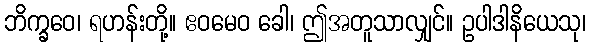
ဘိက္ခဝေ၊ ရဟန်းတို့။ ဧဝမေဝ ခေါ၊ ဤအတူသာလျှင်။ ဥပါဒါနိယေသု၊